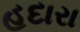
હદારા